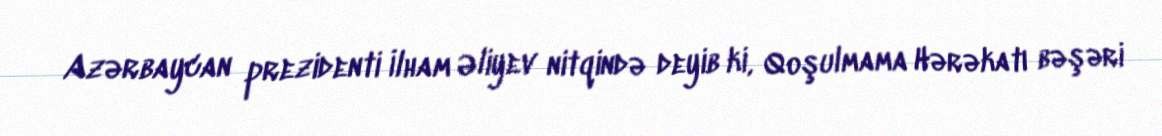
Azərbaycan prezidenti İlham Əliyev nitqində deyib ki, Qoşulmama Hərəkatı bəşəri